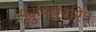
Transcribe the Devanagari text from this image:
सुकुमारचरित्र